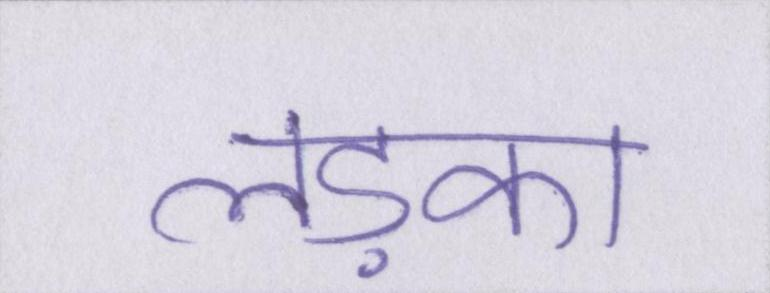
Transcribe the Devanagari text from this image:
लड़का